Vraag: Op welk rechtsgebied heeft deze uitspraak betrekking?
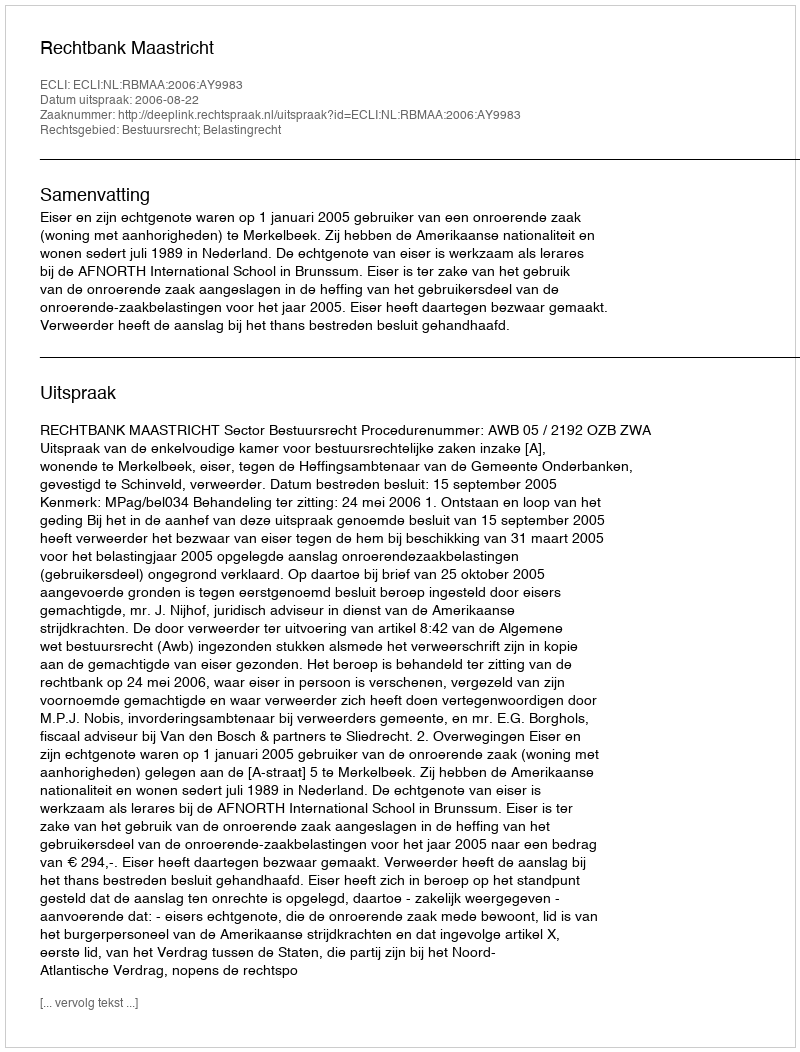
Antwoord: Bestuursrecht; Belastingrecht